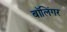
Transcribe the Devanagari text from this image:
बॉलिंगर